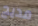
مديح